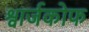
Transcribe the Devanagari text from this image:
श्वार्जकोफ